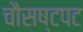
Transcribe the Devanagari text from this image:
चौसष्टपट